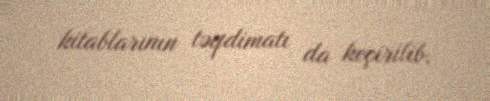
kitablarının təqdimatı da keçirilib.